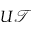
U \mathcal { T }